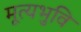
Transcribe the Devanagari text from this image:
मूत्यभुवि